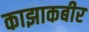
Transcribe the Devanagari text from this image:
काझाकबीर